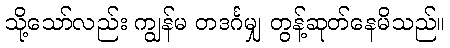
သို့သော်လည်း ကျွန်မ တဒင်္ဂမျှ တွန့်ဆုတ်နေမိသည်။